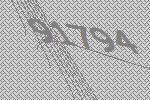
91794